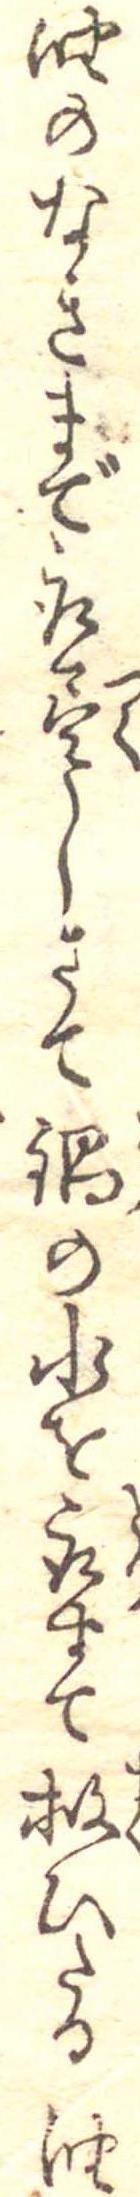
油のなきまで取尽しさて鍋の水を取すて救ひたる油